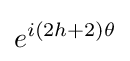
e^{i(2h+2)\theta }